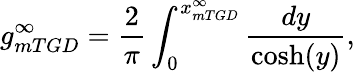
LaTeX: g_{mTGD}^{\infty}=\frac{2}{\pi}\int_{0}^{x_{mTGD}^{\infty}}\frac{dy}{\cosh(y)},